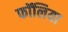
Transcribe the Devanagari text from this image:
फॉलिया